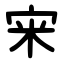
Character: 宩